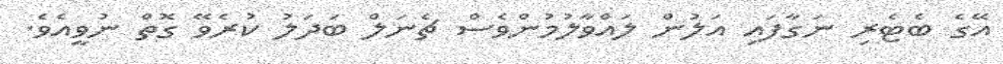
އޭގެ ބެޓެރި ނަގާފައި އަލުން ލައްވާލުމުންވެސް ޗެނަލް ބަދަލު ކުރެވޭ ގޮތް ނުވީއެވެ.